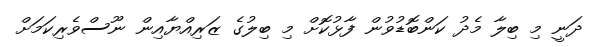
ދަނީ މި ބިލާ މެދު ކަންބޮޑުވުން ފާޅުކޮށް މި ބިލުގެ ޒަރިއްޔާއިން ނޫސްވެރިކަމަށް